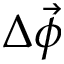
\Delta \vec { \phi }